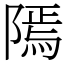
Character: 𨻳